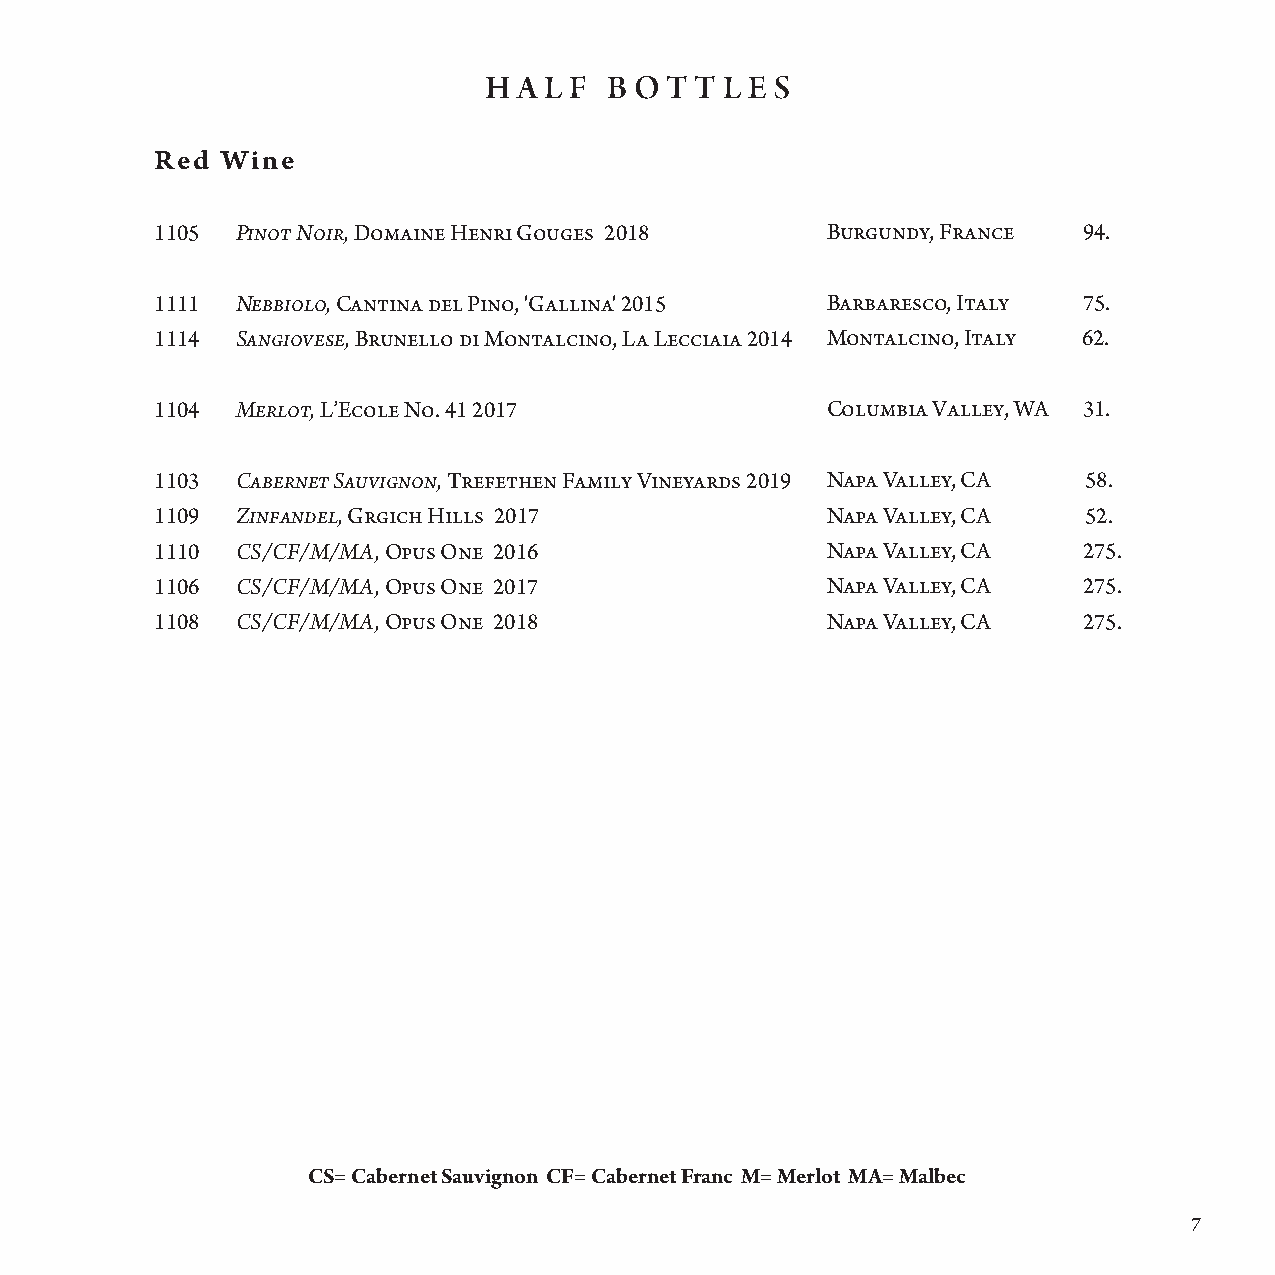
H A L F B OT  T L E S
 Red  Wine
 1105  Pinot Noir, Domaine Henri Gouges 2018  B u r g u n dy, France 94.
 1111  Nebbiolo, Cantina del Pino, 'Gallina' 2015 B a r b a r e sco, Italy 75.
 1114  Sangiovese, Brunello di Montalcino, La Lecciaia 2014 Montalcin o , I t a ly 62.
 1104  Merlot, L’Ecole No. 41 2017            C o l u m b ia Valley, WA 31.
 1103  Cabernet Sauvignon, Trefethen Family Vineyards 2019 N a p a V a l l e y , C A 58.
 1109  Zinfandel, Grgich Hills 2017           N a p a V a lley, CA 52.
 1110  CS/CF/M/MA, Opus One 2016              Napa Valley, CA  275.
 1106  CS/CF/M/MA, Opus One 2017              N apa Valley, CA 275.
 1108  CS/CF/M/MA, Opus One 2018              N apa Valley, CA 275.
 CS= Cabernet Sauvignon CF= Cabernet Franc M= Merlot MA= Malbec
 7